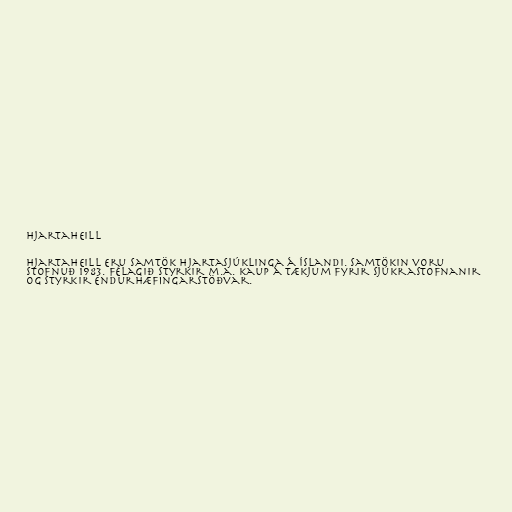
Hjartaheill

Hjartaheill eru samtök hjartasjúklinga á Íslandi. Samtökin voru
stofnuð 1983. Félagið styrkir m.a. kaup á tækjum fyrir sjúkrastofnanir
og styrkir endurhæfingarstöðvar.